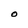
Character: O